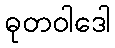
ဓုတဝါဒေါ